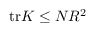
\mathrm { t r } K \le N R ^ { 2 }